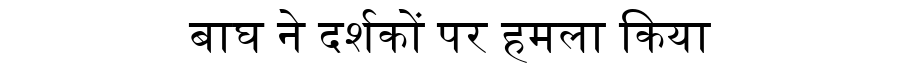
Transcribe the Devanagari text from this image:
बाघ ने दर्शकों पर हमला किया